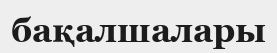
бақалшалары